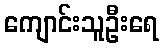
ကျောင်းသူဦးရေ